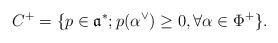
LaTeX: \begin{align*}C^+=\{p\in \mathfrak{a}^*; p(\alpha^{\vee})\geq 0, \forall \alpha\in \Phi^+\}.\end{align*}